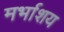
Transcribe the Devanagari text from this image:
मर्भाशय